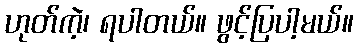
ဟုတ်ကဲ့၊ ရပါတယ်။ ဖွင့်ပြပါ့မယ်။